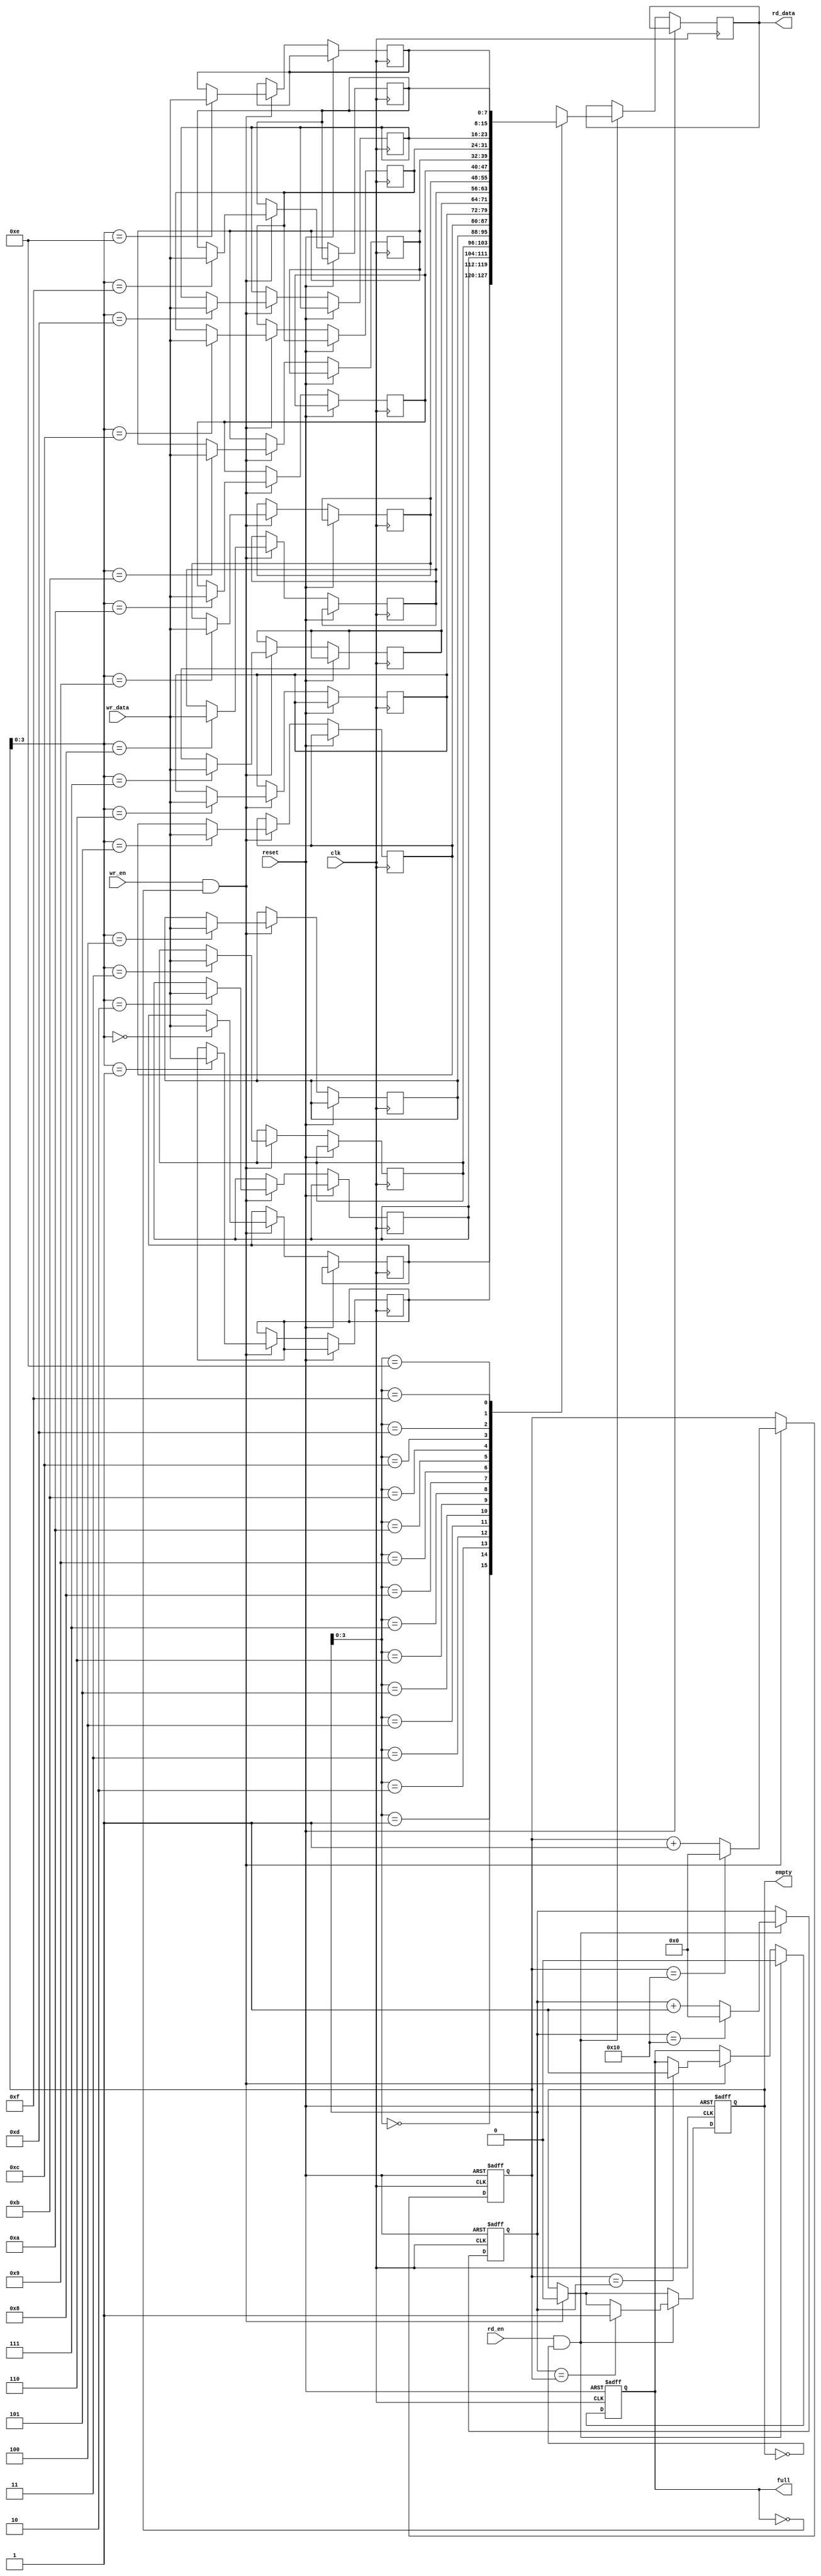
module fifo_buffer (
    input wire clk,
    input wire reset,
    input wire wr_en,
    input wire rd_en,
    input wire [DATA_WIDTH-1:0] wr_data,
    output reg [DATA_WIDTH-1:0] rd_data,
    output reg full,
    output reg empty
);

parameter DATA_WIDTH = 8;
parameter BUFFER_SIZE = 16;

reg [DATA_WIDTH-1:0] buffer [0:BUFFER_SIZE-1];
reg [DATA_WIDTH-1:0] read_ptr;
reg [DATA_WIDTH-1:0] write_ptr;

always @(posedge clk or posedge reset) begin
    if (reset) begin
        read_ptr <= 0;
        write_ptr <= 0;
        full <= 0;
        empty <= 1;
    end else begin
        if (wr_en && !full) begin
            buffer[write_ptr] <= wr_data;
            write_ptr <= write_ptr + 1;
            if (write_ptr == BUFFER_SIZE) write_ptr <= 0;
            empty <= 0;
            if (write_ptr == read_ptr) full <= 1;
        end

        if (rd_en && !empty) begin
            rd_data <= buffer[read_ptr];
            read_ptr <= read_ptr + 1;
            if (read_ptr == BUFFER_SIZE) read_ptr <= 0;
            full <= 0;
            if (read_ptr == write_ptr) empty <= 1;
        end
    end
end

endmodule